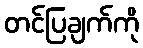
တင်ပြချက်ကို